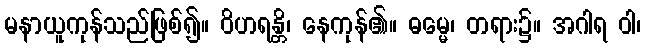
မနာယူကုန်သည်ဖြစ်၍။ ဝိဟရန္တိ၊ နေကုန်၏။ ဓမ္မေ၊ တရား၌။ အဂါရ ဝါ၊